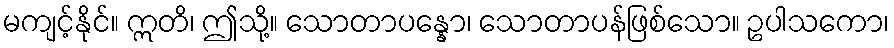
မကျင့်နိုင်။ ဣတိ၊ ဤသို့။ သောတာပန္နော၊ သောတာပန်ဖြစ်သော။ ဥပါသကော၊